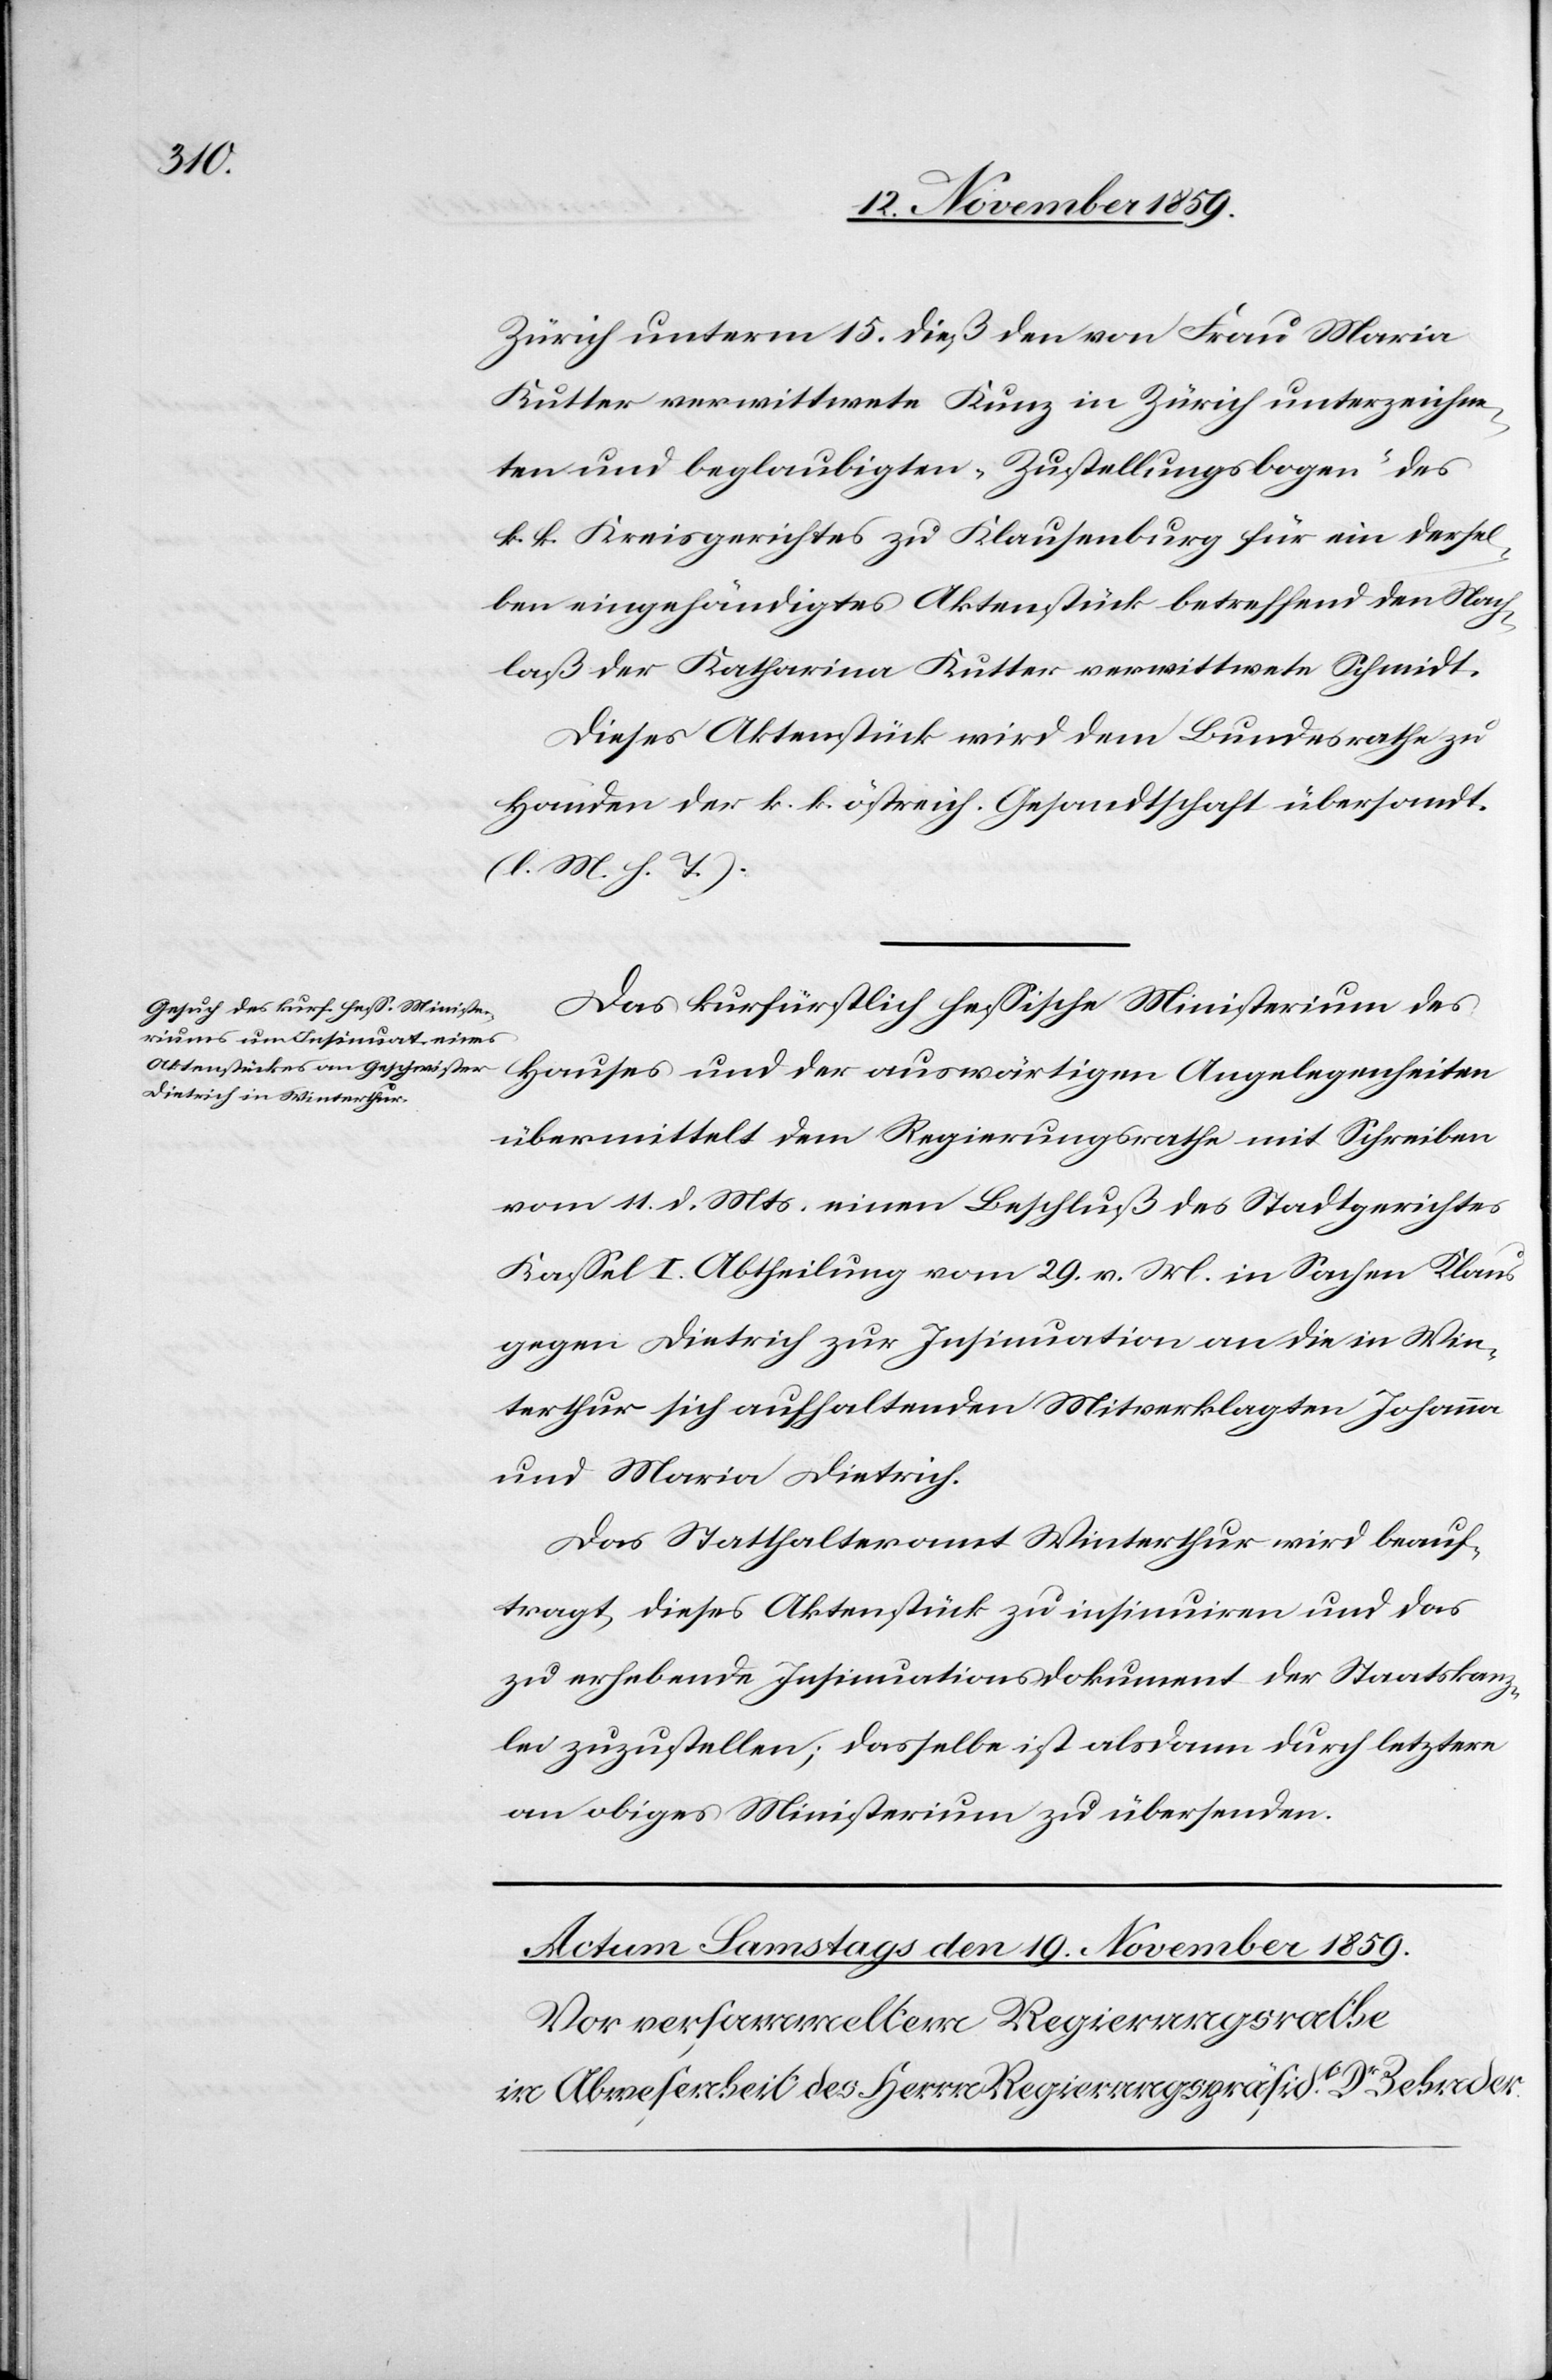
17. November 1859.]
Zürich unterm 15. dieß den von Frau Maria
Kutter verwittwete Kunz in Zürich unterzeichne¬
ten und beglaubigten „Zustellungsbogen“ des
k. k. Kreisgerichtes in Klausenburg für ein dersel¬
ben eingehändigtes Aktenstück betreffend den Nach¬
laß der Katharina Kutter verwittwete Schmidt
Dieses Aktenstück wird dem Bundesrathe zu
Handen der k. k. östreich. Gesandtschaft übersandt.
(l. M. h. T.).
Das kurfürstlich hessische Ministerium des
Hauses und der auswärtigen Angelegenheiten
übermittelt dem Regierungsrathe mit Schreiben
vom 11. d. Mts. einen Beschluß des Stadtgerichtes
Kassel I. Abtheilung vom 29. v. M. in Sachen Klaus
gegen Dietrich zur Insinuation an die in Win¬
terthur sich aufhaltenden Mitverklagten Johann
und Maria Dietrich.
Das Statthalteramt Winterthur wird beauf¬
tragt, dieses Aktenstück zu insinuiren und das
zu erhebende Insinuationsdokument der Staatskanz¬
lei zuzustellen; dasselbe ist alsdann durch letztere
an obiges Ministerium zu übersenden.